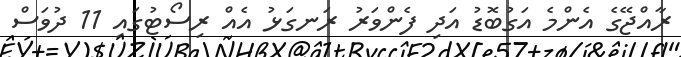
ރާއްޖޭގެ އެންމެ އަގުބޮޑު އަދި ފެންވަރު ރަނގަޅު އެއް ރިސޯޓުގައި 11 ދުވަސް